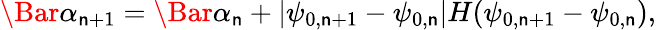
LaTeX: \Bar{\alpha}_{\mathsf{n}+1}=\Bar{\alpha}_{\mathsf{n}}+|\psi_{0,\mathsf{n}+1}-\psi_{0,\mathsf{n}}|H(\psi_{0,\mathsf{n}+1}-\psi_{0,\mathsf{n}}),